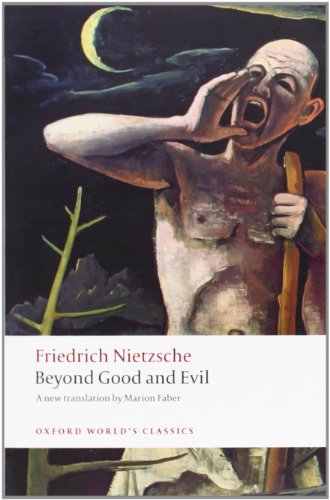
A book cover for Beyond Good and Evil: Prelude to a Philosophy of the Future (Oxford World's Classics); Friedrich Nietzsche; Politics & Social Sciences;